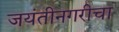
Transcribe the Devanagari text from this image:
जयंतीनगरीचा